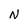
Character: N